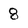
Character: 8